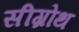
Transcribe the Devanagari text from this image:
सीग्रोथ